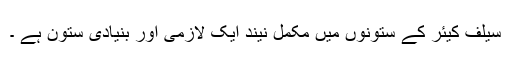
سیلف کیئر کے ستونوں میں مکمل نیند ایک لازمی اور بنیادی ستون ہے ۔